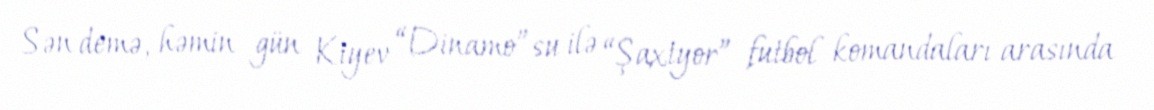
Sən demə, həmin gün Kiyev “Dinamo”su ilə “Şaxtyor” futbol komandaları arasında